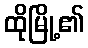
ထိုမြို့၏